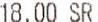
18.00 SR